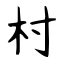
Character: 村